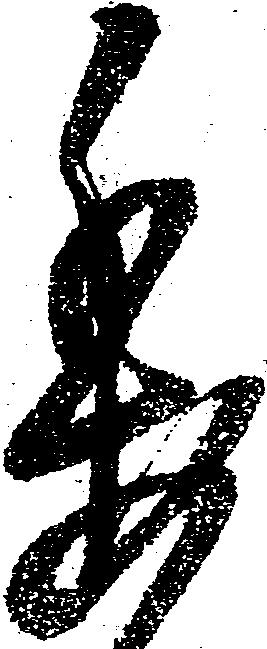
委